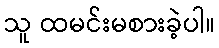
သူ ထမင်းမစားခဲ့ပါ။